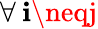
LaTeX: \forall\: \mathbf{i}\neqj